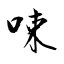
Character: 𠲿